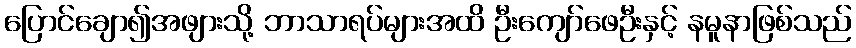
ပြောင်ချော၍အဖျားသို့ ဘာသာရပ်များအထိ ဦးကျော်ဖေဦးနှင့် နမူနာဖြစ်သည်